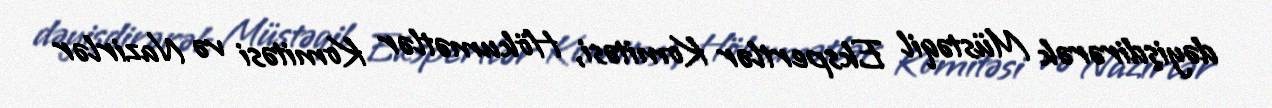
dəyişdirərək Müstəqil Ekspertlər Komitəsi, Hökumətlər Komitəsi və Nazirlər